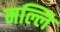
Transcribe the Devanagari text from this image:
मल्लि